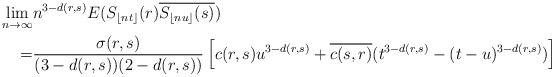
LaTeX: \begin{align*}\lim_{n \to \infty}&n^{3-d(r,s)}E(S_{\lfloor nt \rfloor}(r)\overline{S_{\lfloor nu \rfloor}(s)}) \\=&\frac{\sigma(r,s)}{(3-d(r,s))(2-d(r,s))}\left[c(r,s)u^{3-d(r,s)}+\overline{c(s,r)}(t^{3-d(r,s)} -(t-u)^{3-d(r,s)}) \right]\end{align*}